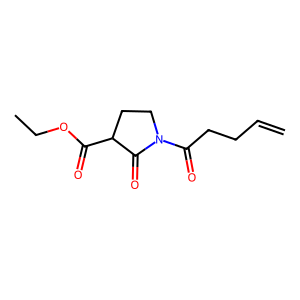
SMILES: C=CCCC(=O)N1CCC(C(=O)OCC)C1=O
Inhibits HIV replication: No